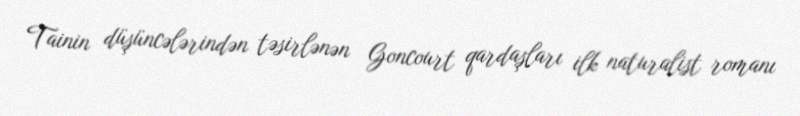
Tainin düşüncələrindən təsirlənən Goncourt qardaşları ilk naturalist romanı